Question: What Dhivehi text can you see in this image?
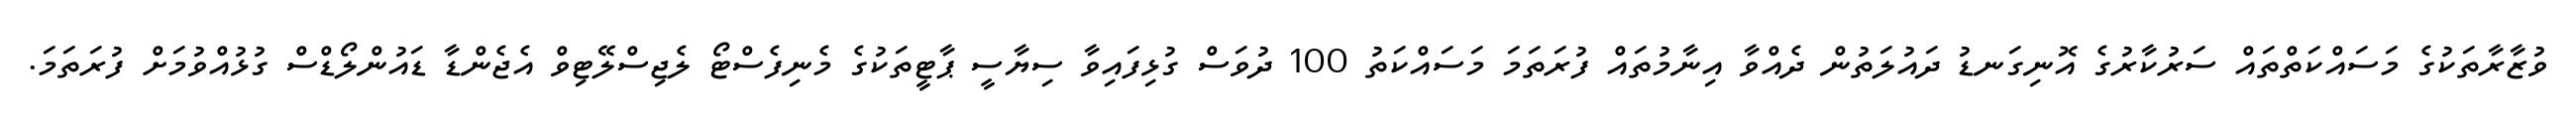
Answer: ވުޒާރާތަކުގެ މަސައްކަތްތައް ސަރުކާރުގެ އޮނިގަނޑު ދައުލަތުން ދެއްވާ އިނާމުތައް ފުރަތަމަ މަސައްކަތު 100 ދުވަސް ގުޅިފައިވާ ސިޔާސީ ޕާޓީތަކުގެ މެނިފެސްޓޯ ލެޖިސްލޭޓިވް އެޖެންޑާ ޑައުންލޯޑްސް ގުޅުއްވުމަށް ފުރަތަމަ.